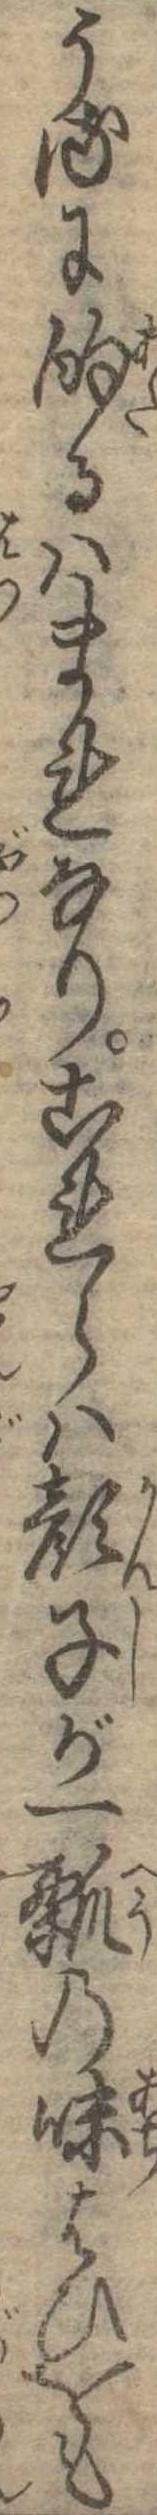
うるに的るはまれなりこれらは顔子が一瓢の味はひをも